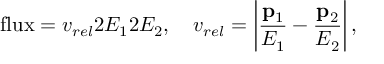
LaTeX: \mathrm { f l u x } = v _ { r e l } 2 E _ { 1 } 2 E _ { 2 } , \quad v _ { r e l } = \left\vert { \frac { { \bf p } _ { 1 } } { E _ { 1 } } } - { \frac { { \bf p } _ { 2 } } { E _ { 2 } } } \right\vert ,